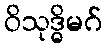
ဝိသုဒ္ဓိမဂ်